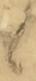
候